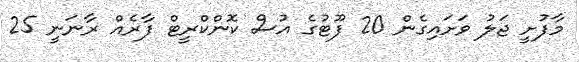
މާފުށީ ޖަލު ވަށައިގެން 20 ފޫޓުގެ އުސް ކޮންކްރީޓް ފާރެއް ރާނަނީ 25